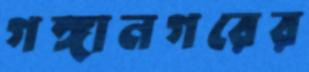
গঙ্গানগরের